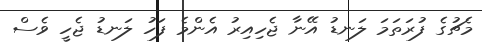
މެޗުގެ ފުރަތަމަ ލަނޑު އޭނާ ޖެހިއިރު އެންމެ ފަހު ލަނޑު ޖެހީ ވެސް